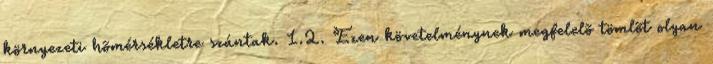
környezeti hõmérsékletre szántak. 1.2. Ezen követelménynek megfelelõ tömlõt olyan